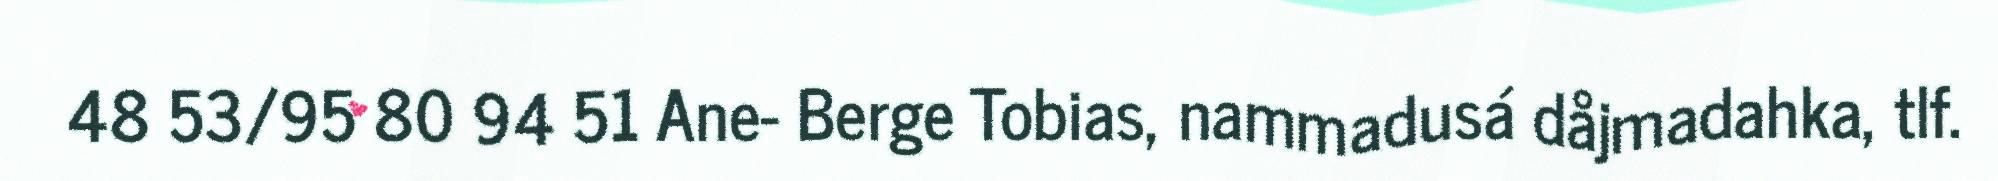
48 53/95 80 94 51 Ane- Berge Tobias, nammadusá dåjmadahka, tlf.